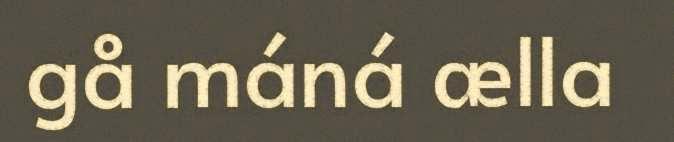
gå máná ælla